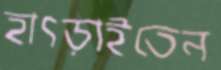
হাৎড়াইতেন